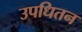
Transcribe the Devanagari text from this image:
उपधितन